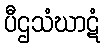
ပီဌသံဃာဋံ